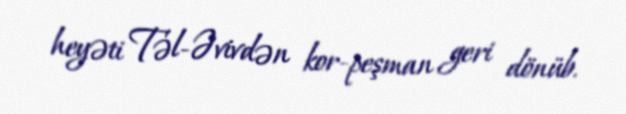
heyəti Təl-Əvivdən kor-peşman geri dönüb.